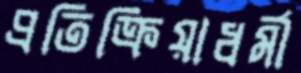
প্রতিক্রিয়াধর্মী